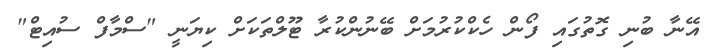
އޭނާ ބުނި ގޮތުގައި ފޯން ހެކްކުރުމަށް ބޭނުންކުރާ ޓޫލްތަކަށް ކިޔަނީ "ސްމާފް ސުއިޓް"